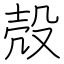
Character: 殻